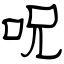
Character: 呪